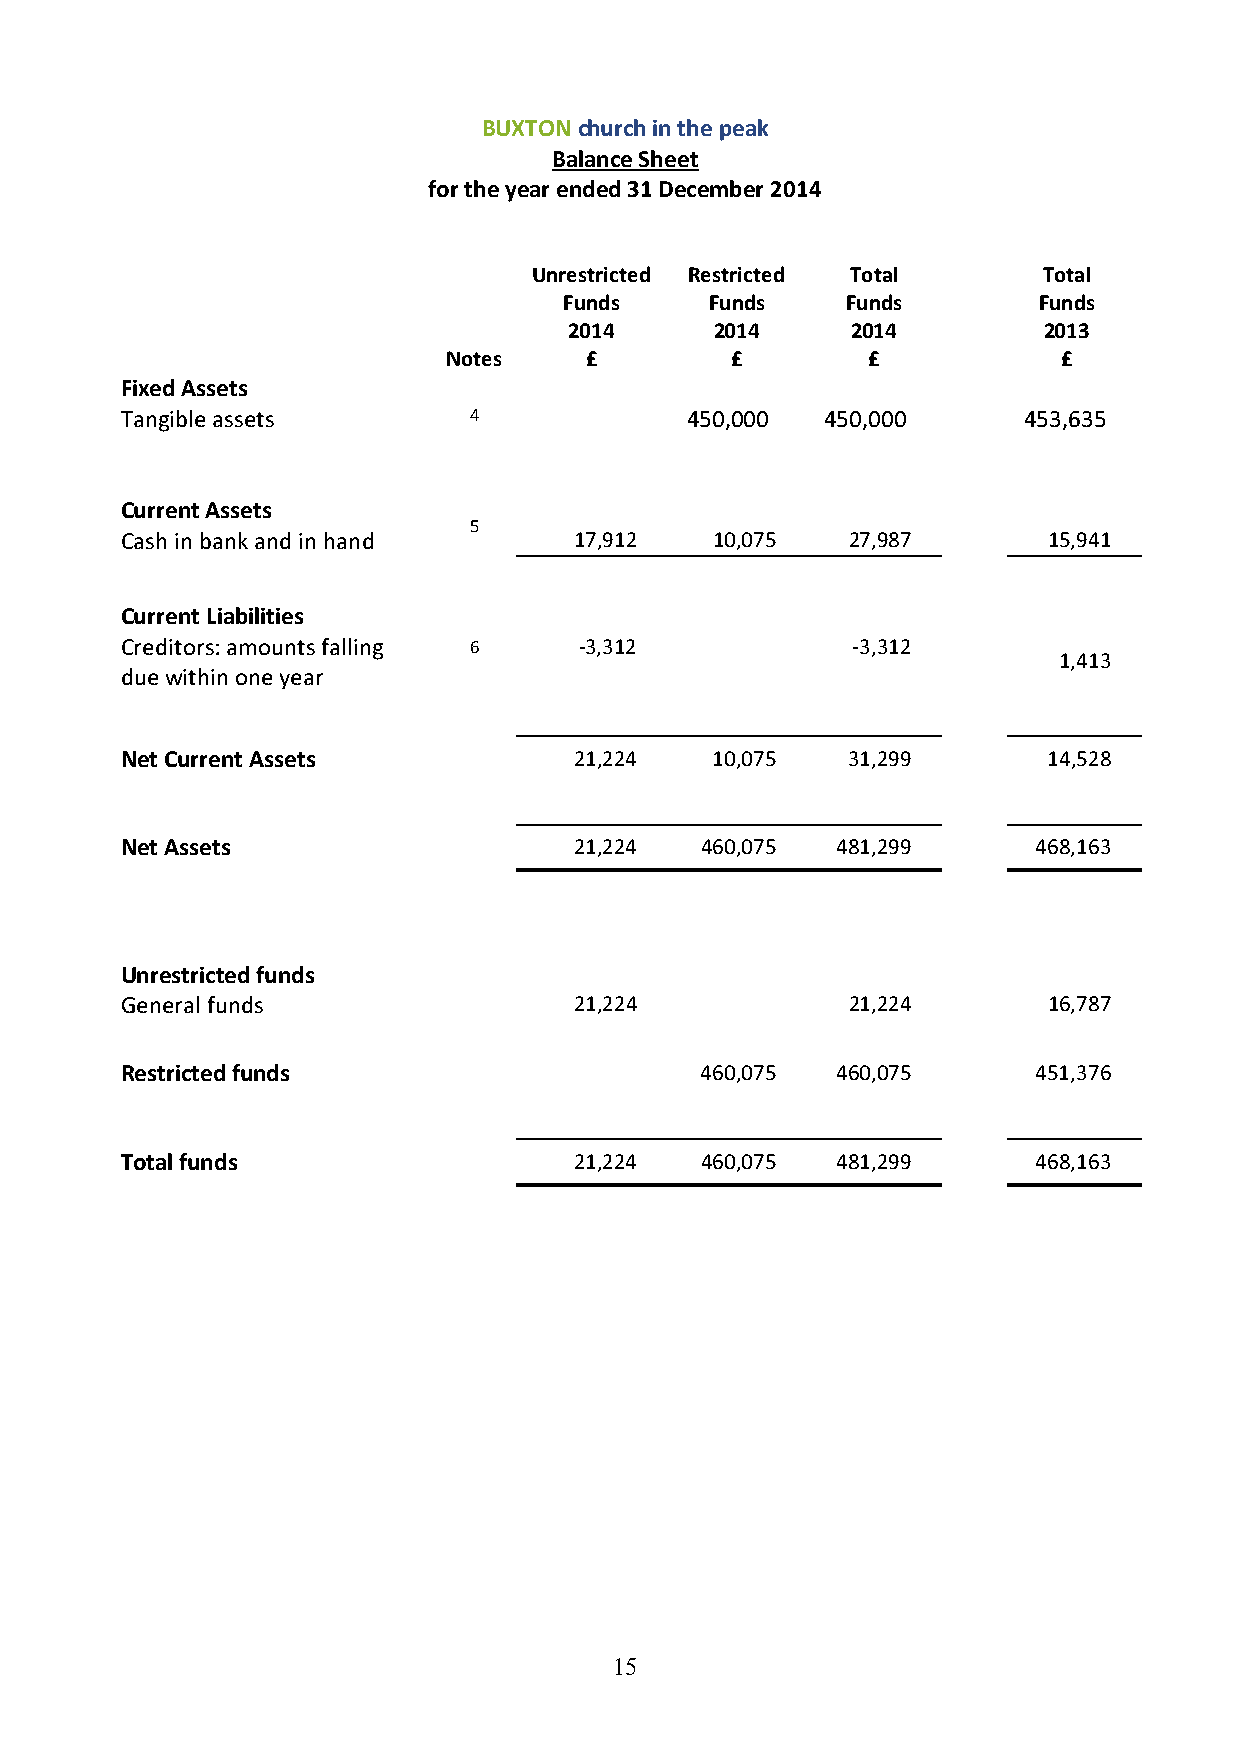
BUXTON church in the peak
 Balance Sheet
 for the year ended 31 December 2014
 Unrestricted Restricted Total     Total
 Funds     Funds    Funds        Funds
 2014     2014     2014         2013
 Notes    £        £        £            £
 Fixed Assets
 Tangible assets        4             450,000   450,000      453,635
 Current Assets
 5
 Cash in bank and in hand      17,912   10,075   27,987       15,941
 Current Liabilities
 Creditors: amounts falling 6  -3,312            -3,312
 1,413
 due within one year
 Net Current Assets            21,224   10,075   31,299       14,528
 Net Assets                    21,224  460,075  481,299       468,163
 Unrestricted funds
 General funds                 21,224            21,224       16,787
 Restricted funds                      460,075  460,075       451,376
 Total funds                   21,224  460,075  481,299       468,163
 15